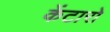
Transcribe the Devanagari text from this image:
केंटारो